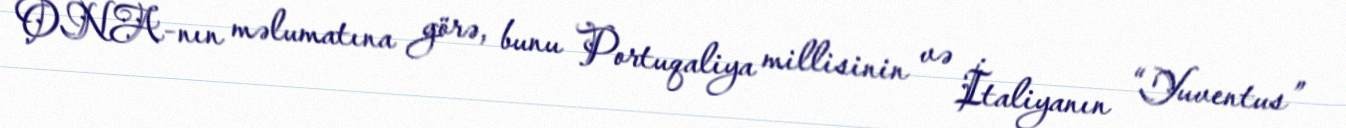
ONA-nın məlumatına görə, bunu Portuqaliya millisinin və İtaliyanın “Yuventus”